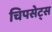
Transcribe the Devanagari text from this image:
चिपसेट्स